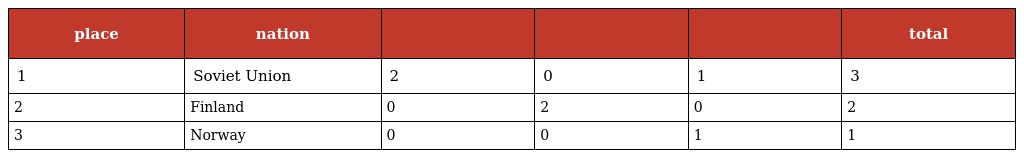
| place | nation |  |  |  | total |
 | --- | --- | --- | --- | --- | --- |
 | 1 | Soviet Union | 2 | 0 | 1 | 3 |
 | 2 | Finland | 0 | 2 | 0 | 2 |
 | 3 | Norway | 0 | 0 | 1 | 1 |